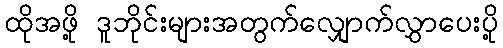
ထိုအဖို့ ဒူဘိုင်းများအတွက်လျှောက်လွှာပေးပို့